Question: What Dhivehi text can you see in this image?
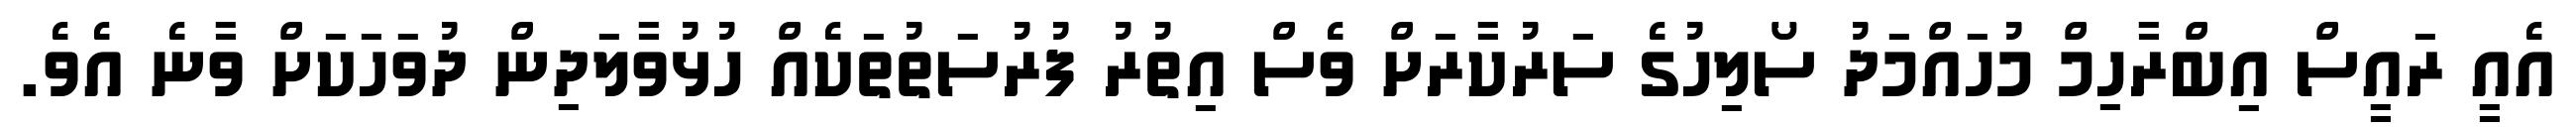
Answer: އެއީ ރައީސް އިބްރާހިމް މުހައްމަދު ސޯލިހުގެ ސަރުކާރަށް ވެސް އިތުރު ފުރުސަތުތަކެއް ހުޅުވާލަދިން ދުވަހަކަށް ވާނެ އެވެ.